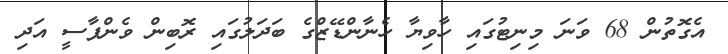
އެގޮތުން 68 ވަނަ މިނިޓުގައި ހާވިޔާ ހެނާންޑޭޒްގެ ބަދަލުގައި ރޮބިން ވެންޕާސީ އަދި